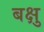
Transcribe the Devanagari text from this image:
बक्षु